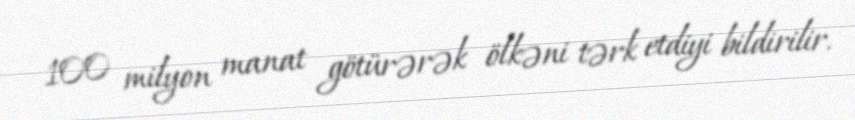
100 milyon manat götürərək ölkəni tərk etdiyi bildirilir.